Insane asylums in Bengal annual reports 1867-1875 - 1867-1875
Year: 1867
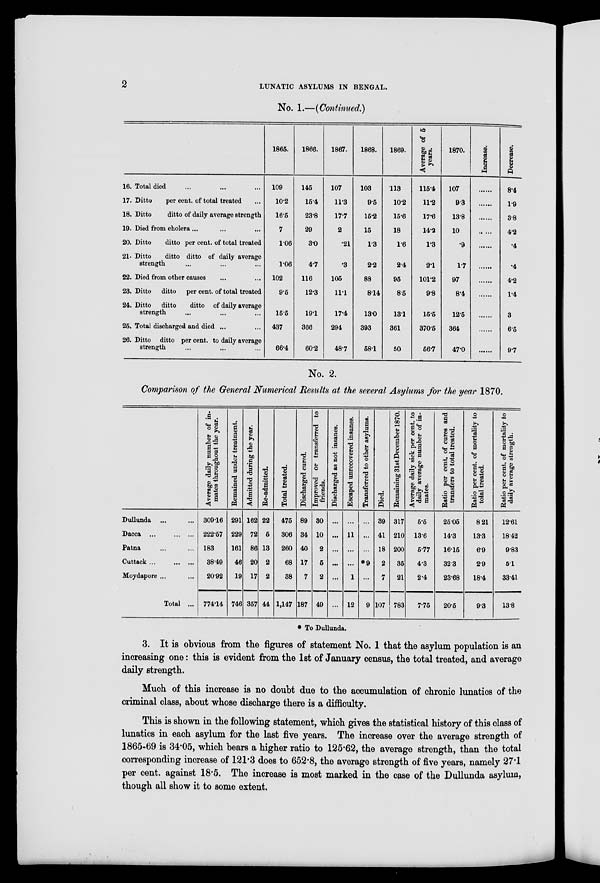
2
LUNATIC ASYLUMS IN BENGAL.
No. 1.—(Continued.)
16. Total died ... ... ...
17. Ditto
per cent. of total treated ...
18. Ditto
ditto of daily average strength
19. Died from cholera ... ... ...
20. Ditto
ditto per cent. of total treated
21. Ditto
ditto ditto of daily average
strength ... ... ...
22. Died from other causes ... ...
23. Ditto
ditto
per cent. of total treated
24. Ditto
ditto
ditto of daily average
strength ... ... ...
25. Total discharged and died ... ...
26. Ditto ditto per cent. to daily average
strength ... ... ...
1865.
109
10.2
16.5
7
1.06
1.06
102
9.5
15.5
437
66.4
1866.
145
15.4
23.8
29
3.0
4.7
116
12.3
19.1
366
60.2
1867.
107
11.3
17.7
2
.21
.3
105
11.1
17.4
294
48.7
1868.
103
9.5
15.2
15
1.3
2.2
88
8.14
13.0
393
58.1
1869.
113
10.2
15.6
18
1.6
2.4
95
8.5
13.1
361
50
Average of 5
years.
115.4
11.2
17.6
14.2
1.3
21
101.2
9.8
15.5
370.5
56.7
1870.
107
9.3
13.8
10
.9
1.7
97
8.4
12.5
364
47.0
Increase.
Decrease.
8.4
1.9
3.8
4.2
.4
.4
4.2
1.4
3
6.5
9.7
No. 2.
Comparison of the General Numerical Results at the several Asylums for the year 1870.
Dullunda ... ...
Dacca ... ... ...
Patna ... ...
Cuttack ... ... ...
Moydapore ... ...
Total ...
Average daily number of in-
mates throughout the year.
309.16
222.57
183
38.49
20.92
774.14
Remained under treatment.
291
229
161
46
19
746
Admitted during the year.
162
72
86
20
17
357
Re-admitted.
22
5
13
2
2
44
Total treated.
475
306
260
68
38
1,147
Discharged cured.
89
34
40
17
7
187
Improved or transferred to
friends.
30
10
2
5
2
49
Discharged as not insanes.
...
...
...
...
...
...
Escaped unrecovered insanes.
...
11
...
...
1
12
Transferred to other asylums.
...
...
...
*9
...
9
Died.
39
41
18
2
7
107
Remaining 31st December 1870.
317
210
200
35
21
783
Average daily sick per cent. to
daily average number of in-
mates.
5.5
13.6
5.77
4.3
2.4
7.75
Ratio per cent. of cures and
transfers to total treated.
25.05
14.3
16.15
32.3
23.68
20.5
Ratio per cent. of mortality to
total treated.
8.21
13.3
6.9
2.9
18.4
9.3
Ratio per cent. of mortality to
daily average strength.
12.61
18.42
9.83
5.1
33.41
13.8
* To Dullunda.
3. It is obvious from the figures of statement No. 1 that the asylum population is an
increasing one: this is evident from the 1st of January census, the total treated, and average
daily strength.
Much of this increase is no doubt due to the accumulation of chronic lunatics of the
criminal class, about whose discharge there is a difficulty.
This is shown in the following statement, which gives the statistical history of this class of
lunatics in each asylum for the last five years. The increase over the average strength of
1865-69 is 34.05, which bears a higher ratio to 125.62, the average strength, than the total
corresponding increase of 121.3 does to 652.8, the average strength of five years, namely 27.1
per cent. against 18.5. The increase is most marked in the case of the Dullunda asylum,
though all show it to some extent.